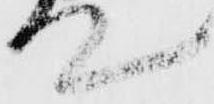
て